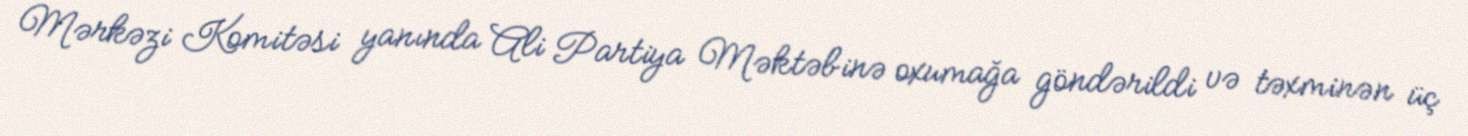
Mərkəzi Komitəsi yanında Ali Partiya Məktəbinə oxumağa göndərildi və təxminən üç